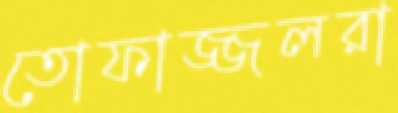
তোফাজ্জলরা